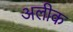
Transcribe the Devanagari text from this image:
अलीक